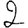
Digit: 2